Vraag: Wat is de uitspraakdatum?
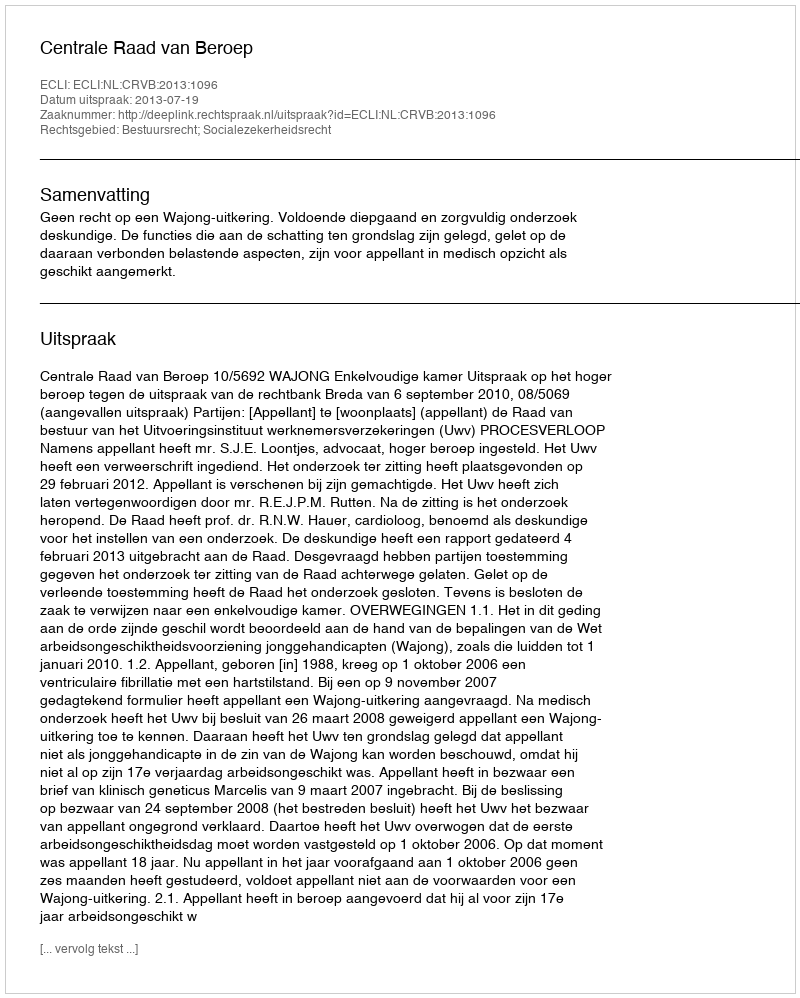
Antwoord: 2013-07-19